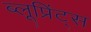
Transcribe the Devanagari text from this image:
ब्लूप्रिंट्स